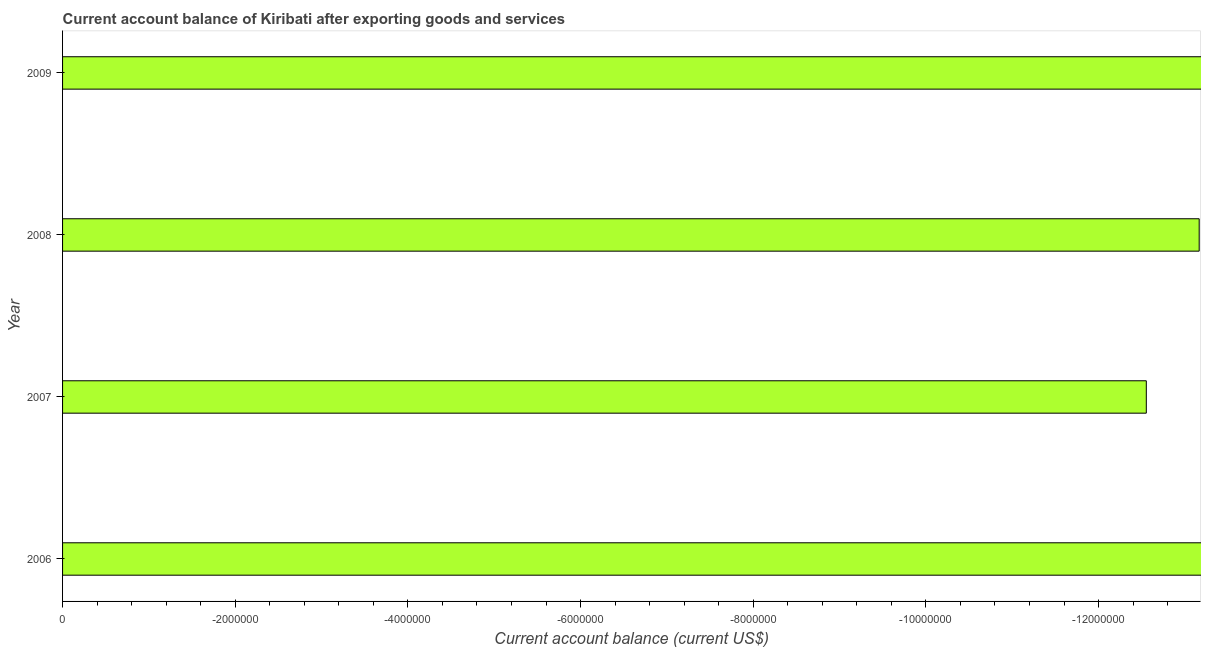
| Year | Current account balance |
 | --- | --- |
 | 2006 | -1.88e+07 |
 | 2007 | -1.26e+07 |
 | 2008 | -1.32e+07 |
 | 2009 | -1.93e+07 |